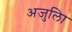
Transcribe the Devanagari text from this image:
अजुलिा